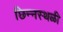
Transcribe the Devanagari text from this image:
छिन्नस्थळी